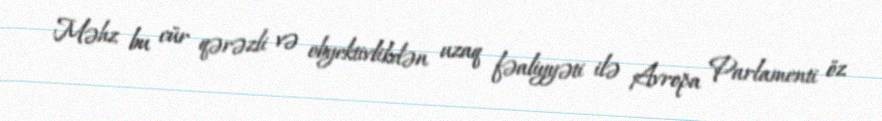
Məhz bu cür qərəzli və obyektivlikdən uzaq fəaliyyəti ilə Avropa Parlamenti öz